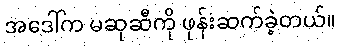
အဒေါ်က မဆုဆီကို ဖုန်းဆက်ခဲ့တယ်။